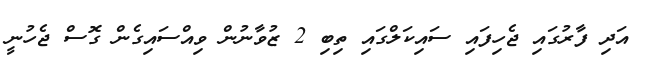
އަދި ފާރުގައި ޖެހިފައި ސައިކަލްގައި ތިބި 2 ޒުވާނުން ވިއްސައިގެން ގޮސް ޖެހުނީ